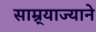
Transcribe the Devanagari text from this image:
साम्र्याज्याने